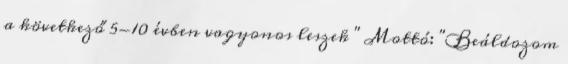
a következő 5-10 évben vagyonos leszek " Mottó: "Beáldozom